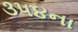
૩૫૪ના